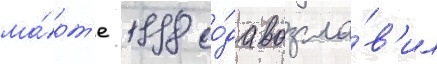
ма́рт'е 1998 го́да возгла́в'ил